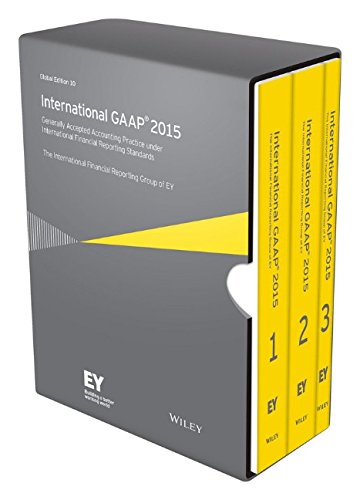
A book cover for International GAAP 2015: Generally Accepted Accounting Principles under International Financial Reporting Standards; Ernst & Young; Business & Money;